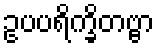
ဥပပရိက္ခိတဗ္ဗာ